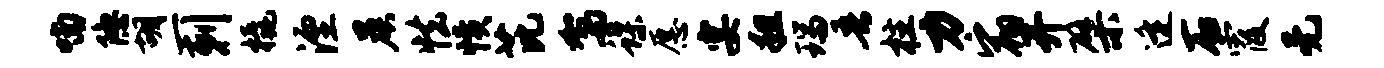
喃隐胡一剌橇湮晨怯愤芘驾蝶愿宴粗瑞吾柱力宿开檗逄石霞无